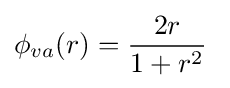
\phi _{va}(r)={\frac {2r}{1+r^{2}}}\